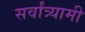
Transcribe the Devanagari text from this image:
सर्वांत्र्यामी